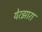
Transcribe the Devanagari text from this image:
येरझारा